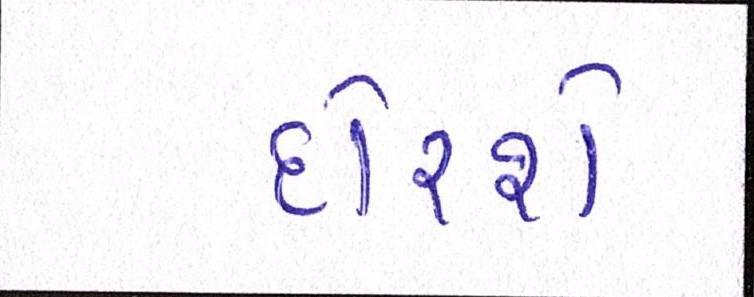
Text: દોરશે